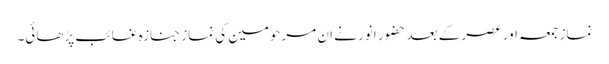
نمازِ جمعہ اور عصر کے بعد حضورِ انور نے ان مرحومین کی نمازِ جنازہ غائب پڑھائی۔